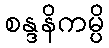
စန္ဒနိကမ္ပိ